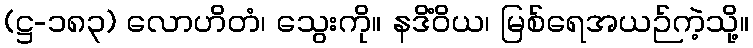
(ဋ္ဌ-၁၈၃) လောဟိတံ၊ သွေးကို။ နဒိံဝိယ၊ မြစ်ရေအယဉ်ကဲ့သို့။